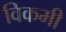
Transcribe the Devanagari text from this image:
विकमी